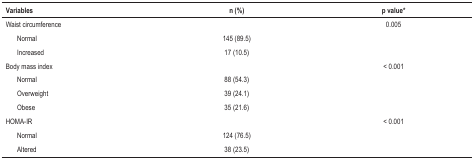
<table><thead><tr><td><b>Variables</b></td><td><b>n (%)</b></td><td><b>p value*</b></td></tr></thead><tbody><tr><td>Waist circumference</td><td> </td><td>0.005</td></tr><tr><td>Normal</td><td>145 (89.5)</td><td> </td></tr><tr><td>Increased</td><td>17 (10.5)</td><td> </td></tr><tr><td>Body mass index</td><td> </td><td>&lt; 0.001</td></tr><tr><td>Normal</td><td>88 (54.3)</td><td> </td></tr><tr><td>Overweight</td><td>39 (24.1)</td><td> </td></tr><tr><td>Obese</td><td>35 (21.6)</td><td> </td></tr><tr><td>HOMA-IR</td><td> </td><td>&lt; 0.001</td></tr><tr><td>Normal</td><td>124 (76.5)</td><td> </td></tr><tr><td>Altered</td><td>38 (23.5)</td><td> </td></tr></tbody></table>